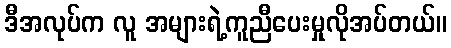
ဒီအလုပ်က လူ အများရဲ့ကူညီပေးမှုလိုအပ်တယ်။